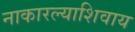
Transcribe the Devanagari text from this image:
नाकारल्याशिवाय